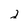
Character: 2